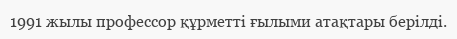
1991 жылы профессор құрметті ғылыми атақтары берілді.